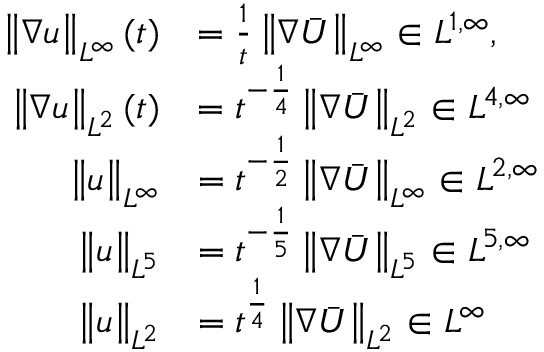
\begin{array} { r l } { \left\lVert \nabla u \right\rVert _ { L ^ { \infty } } ( t ) } & { = \frac 1 t \left\lVert \nabla \bar { U } \right\rVert _ { L ^ { \infty } } \in L ^ { 1 , \infty } , } \\ { \left\lVert \nabla u \right\rVert _ { L ^ { 2 } } ( t ) } & { = t ^ { - \frac 1 4 } \left\lVert \nabla \bar { U } \right\rVert _ { L ^ { 2 } } \in L ^ { 4 , \infty } } \\ { \left\lVert u \right\rVert _ { L ^ { \infty } } } & { = t ^ { - \frac 1 2 } \left\lVert \nabla \bar { U } \right\rVert _ { L ^ { \infty } } \in L ^ { 2 , \infty } } \\ { \left\lVert u \right\rVert _ { L ^ { 5 } } } & { = t ^ { - \frac 1 5 } \left\lVert \nabla \bar { U } \right\rVert _ { L ^ { 5 } } \in L ^ { 5 , \infty } } \\ { \left\lVert u \right\rVert _ { L ^ { 2 } } } & { = t ^ { \frac 1 4 } \left\lVert \nabla \bar { U } \right\rVert _ { L ^ { 2 } } \in L ^ { \infty } } \end{array}